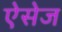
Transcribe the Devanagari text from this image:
ऐसेज